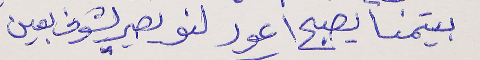
بيتمنا يصبح أعور     لنو يصير يشوف بعين